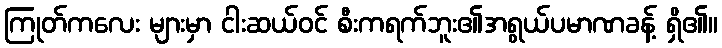
ကြုတ်ကလေး များမှာ ငါးဆယ်ဝင် စီးကရက်ဘူး၏အရွယ်ပမာဏခန့် ရှိ၏။